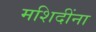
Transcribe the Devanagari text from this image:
मशिदींना